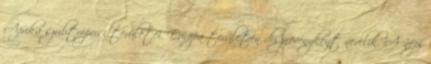
Afrika szubtrópusi területei. Európa területén dísznövényként nevelik. A népi